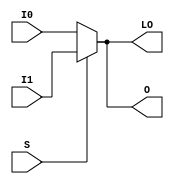
// $Header: /devl/xcs/repo/env/Databases/CAEInterfaces/xec_libs/data/unisims/MUXF5_D.v,v 1.1 2005/05/10 01:20:06 wloo Exp $

/*

FUNCTION	: 2 to 1 Multiplexer for Carry Logic

*/

`celldefine
`timescale  100 ps / 10 ps

module MUXF5_D (LO, O, I0, I1, S);

    output O, LO;
    reg    o_out, lo_out;

    input  I0, I1, S;

    buf B1 (O, o_out);
    buf B2 (LO, lo_out);

	always @(I0 or I1 or S) begin
	    if (S)
		o_out <= I1;
	    else
		o_out <= I0;
	end

	always @(I0 or I1 or S) begin
	    if (S)
		lo_out <= I1;
	    else
		lo_out <= I0;
	end

endmodule